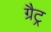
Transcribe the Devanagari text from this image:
ग्रैट्र